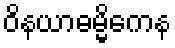
ဝိနယာဓမ္မိကေန